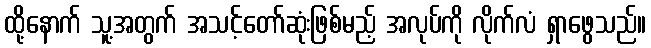
ထို့နောက် သူ့အတွက် အသင့်တော်ဆုံးဖြစ်မည့် အလုပ်ကို လိုက်လံ ရှာဖွေသည်။